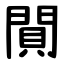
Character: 閴